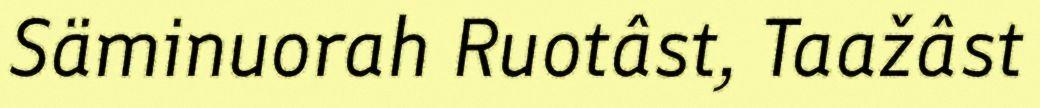
Säminuorah Ruotâst, Taažâst